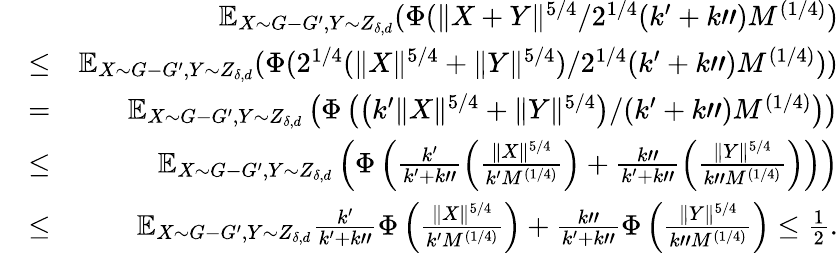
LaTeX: \begin{array}{rlr}&{}&{\mathbb{E}_{X\sim G-G^{\prime},Y\sim Z_{\delta,d}}(\Phi(\| X+Y\| ^{5/4}/2^{1/4}(k^{\prime}+k")M^{(1/4)})}\\ &{\leq}&{\mathbb{E}_{X\sim G-G^{\prime},Y\sim Z_{\delta,d}}(\Phi(2^{1/4}(\| X\| ^{5/4}+\| Y\| ^{5/4})/2^{1/4}(k^{\prime}+k")M^{(1/4)}))}\\ &{=}&{\mathbb{E}_{X\sim G-G^{\prime},Y\sim Z_{\delta,d}}\left(\Phi\left(\left(k^{\prime}\| X\| ^{5/4}+\| Y\| ^{5/4}\right)/(k^{\prime}+k")M^{(1/4)}\right)\right)}\\ &{\leq}&{\mathbb{E}_{X\sim G-G^{\prime},Y\sim Z_{\delta,d}}\left(\Phi\left(\frac{k^{\prime}}{k^{\prime}+k"}\left(\frac{\| X\| ^{5/4}}{k^{\prime}M^{(1/4)}}\right)+\frac{k"}{k^{\prime}+k"}\left(\frac{\| Y\| ^{5/4}}{k"M^{(1/4)}}\right)\right)\right)}\\ &{\leq}&{\mathbb{E}_{X\sim G-G^{\prime},Y\sim Z_{\delta,d}}\frac{k^{\prime}}{k^{\prime}+k"}\Phi\left(\frac{\| X\| ^{5/4}}{k^{\prime}M^{(1/4)}}\right)+\frac{k"}{k^{\prime}+k"}\Phi\left(\frac{\| Y\| ^{5/4}}{k"M^{(1/4)}}\right)\leq\frac{1}{2}.}\end{array}